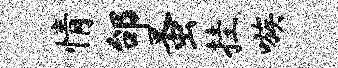
情邰蚤挂嗾